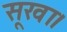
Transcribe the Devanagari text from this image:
सूखा।